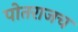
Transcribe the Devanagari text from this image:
पोतराजच